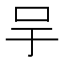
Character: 𠯊